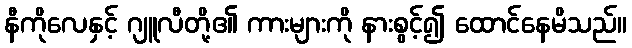
နီကိုလေနှင့် ဂျူလီတို့၏ ကားများကို နားစွင့်၍ ထောင်နေမိသည်။